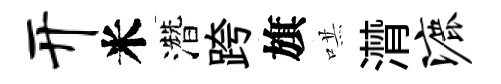
开米濳跨旗哄潸漉